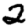
Digit: 2